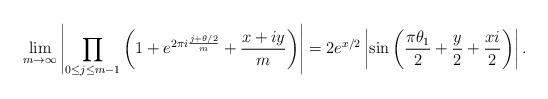
LaTeX: \begin{align*} \lim_{m \to \infty} \left| \prod_{ 0 \leq j \leq m-1} \left( 1+ e^{ 2 \pi i \frac{ j + \theta /2}{m} } + \frac{ x + iy}{m} \right) \right| = 2 e^{x/2} \left| \sin \left( \frac{ \pi \theta_1}{2} + \frac{y}{2} + \frac{ x i}{2} \right) \right|.\end{align*}